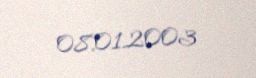
08.01.2003